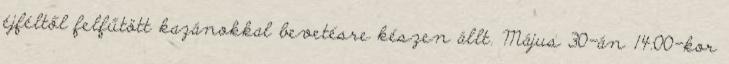
éjféltől felfűtött kazánokkal bevetésre készen állt. Május 30-án 14:00-kor